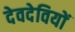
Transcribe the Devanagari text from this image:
देवदेवियों